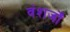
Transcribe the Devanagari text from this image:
वंशजोँ